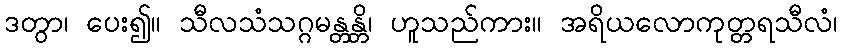
ဒတွာ၊ ပေး၍။ သီလသံသဂ္ဂမန္တန္တိ၊ ဟူသည်ကား။ အရိယလောကုတ္တရသီလံ၊